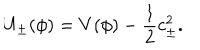
U _ { \pm } ( \phi ) = V ( \phi ) - \frac { 1 } { 2 } c _ { \pm } ^ { 2 } .